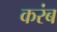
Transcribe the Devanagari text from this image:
करंब